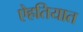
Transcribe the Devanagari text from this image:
ऐहतियात